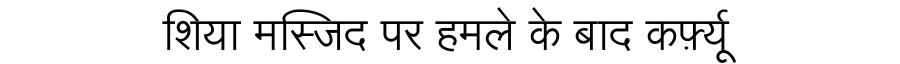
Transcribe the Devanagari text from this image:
शिया मस्जिद पर हमले के बाद कर्फ़्यू